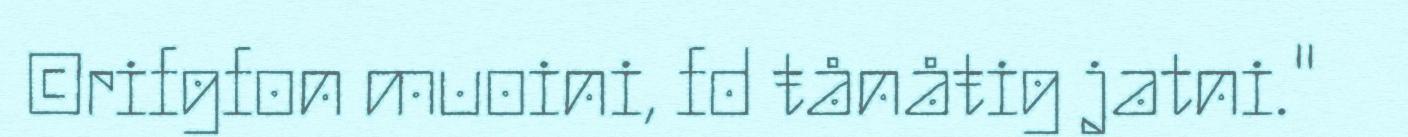
©rifgfon muoini, fd ŧånåŧig jatni."